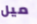
ميل